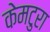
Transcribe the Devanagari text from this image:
केमटुरा